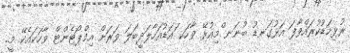
ރުޅިމަޑުކުރައްވާފަ އަޅުގަނޑު ބުނަނ ްމިއުޅޭ ވާހަކ ައަޑުއަހާލަދީބަލަ ވަރަށް އިމްޕޯޓެންޓް ވާހަކައެކޭ މީ..